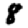
Digit: 8